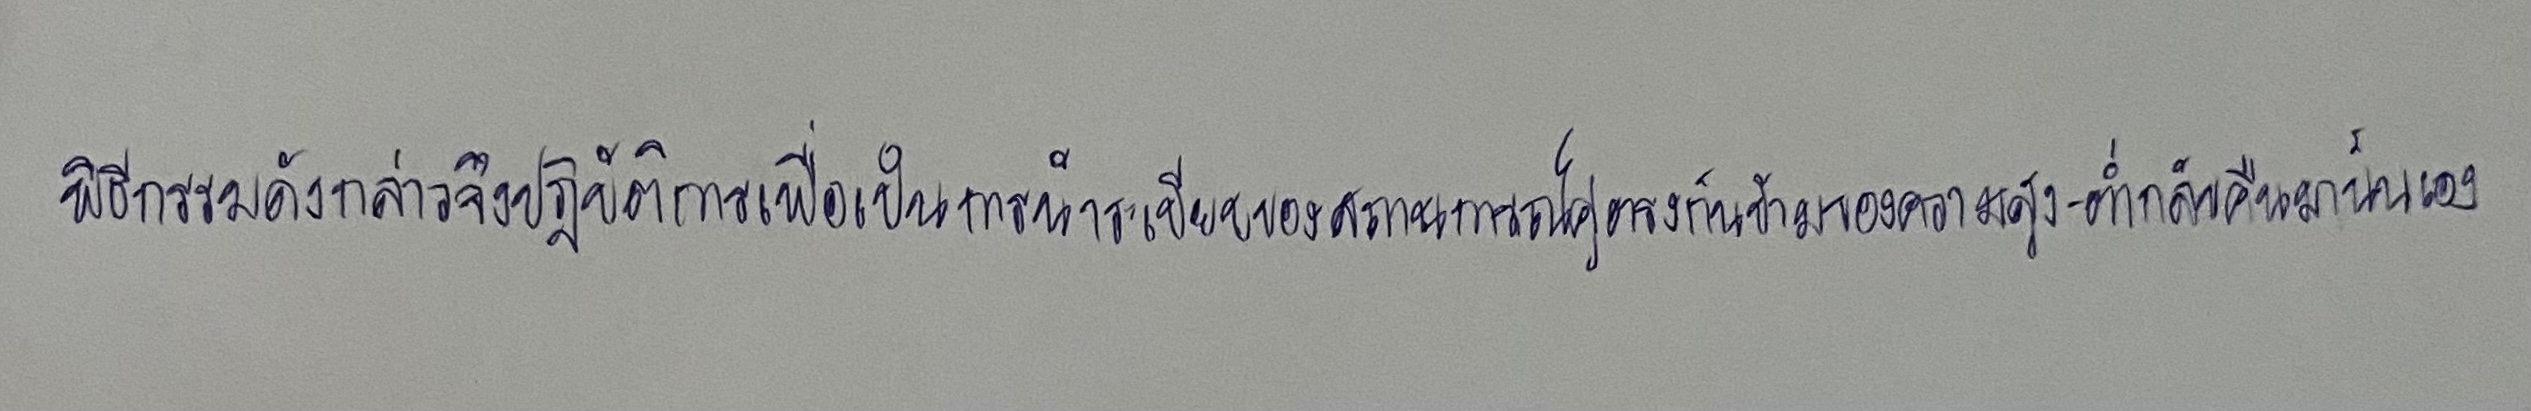
พิธีกรรมดังกล่าวจึงปฏิบัติการเพื่อเป็นการนำระเบียบของสถานการณ์คู่ตรงกันข้ามของความสูง-ต่ำกลับคืนมานั่นเอง